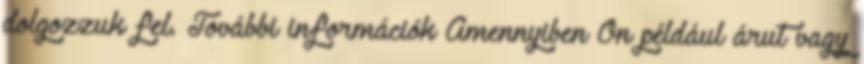
dolgozzuk fel. További információk Amennyiben Ön például árut vagy